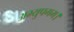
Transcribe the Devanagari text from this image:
अभ्युपगम।